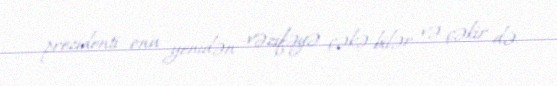
prezidenti onu yenidən vəzifəyə çəkə bilər və çəkir də.